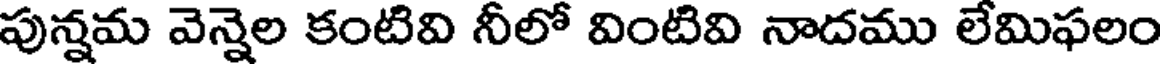
పున్నమ వెన్నెల కంటివి నీలో వింటివి నాదము లేమిఫలం